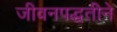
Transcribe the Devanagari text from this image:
जीवनपद्धतीने